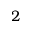
2